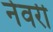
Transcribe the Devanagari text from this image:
नेवरी